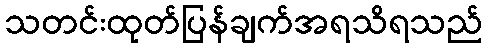
သတင်းထုတ်ပြန်ချက်အရသိရသည်